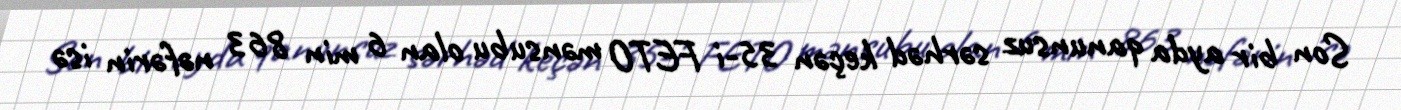
Son bir ayda qanunsuz sərhəd keçən 35-i FETO mənsubu olan 6 min 863 nəfərin isə